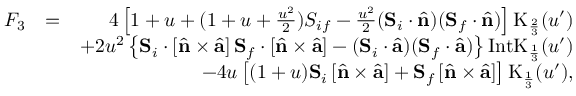
\begin{array} { r l r } { F _ { 3 } } & { = } & { 4 \left[ 1 + u + ( 1 + u + \frac { u ^ { 2 } } { 2 } ) { S } _ { i f } - \frac { u ^ { 2 } } { 2 } ( { \bf S } _ { i } \cdot \hat { \bf n } ) ( { \bf S } _ { f } \cdot \hat { \bf n } ) \right] \mathrm { K } _ { \frac { 2 } { 3 } } ( u ^ { \prime } ) } \\ & { } & { + 2 u ^ { 2 } \left\{ { \bf S } _ { i } \cdot \left[ \hat { \bf n } \times \hat { \bf a } \right] { \bf S } _ { f } \cdot \left[ \hat { \bf n } \times \hat { \bf a } \right] - ( { \bf S } _ { i } \cdot \hat { \bf a } ) ( { \bf S } _ { f } \cdot \hat { \bf a } ) \right\} \mathrm { I n t K } _ { \frac { 1 } { 3 } } ( u ^ { \prime } ) } \\ & { } & { - 4 u \left[ ( 1 + u ) { \bf S } _ { i } \left[ \hat { \bf n } \times \hat { \bf a } \right] + { \bf S } _ { f } \left[ \hat { \bf n } \times \hat { \bf a } \right] \right] \mathrm { K } _ { \frac { 1 } { 3 } } ( u ^ { \prime } ) , } \end{array}